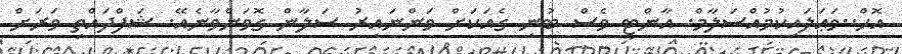
އޮހް..ވަޢަލައިކުމުއްސަލާމް. އާންޓީ ވެސް ބުނި ގެއަކަށް ވަންނައިރު ސަލާން ގޮވަންވާނެއޭ. ޝަފްދައްތި ވަރަށް